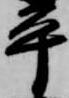
平